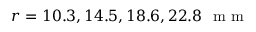
r = 1 0 . 3 , 1 4 . 5 , 1 8 . 6 , 2 2 . 8 \ \mathrm { ~ m ~ m ~ }